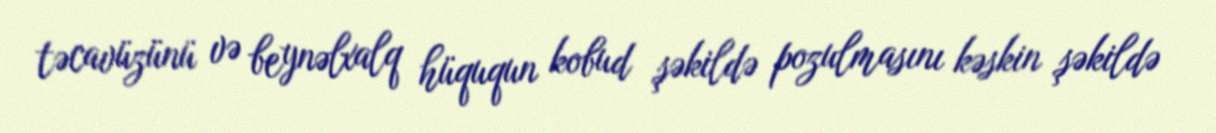
təcavüzünü və beynəlxalq hüququn kobud şəkildə pozulmasını kəskin şəkildə